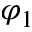
\varphi _ { 1 }